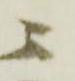
ニ